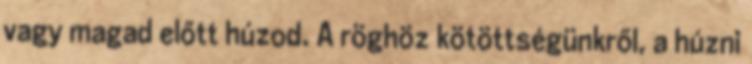
vagy magad előtt húzod. A röghöz kötöttségünkről, a húzni